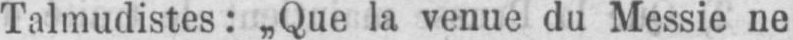
Talmudistes: „Que la venue du Messie ne